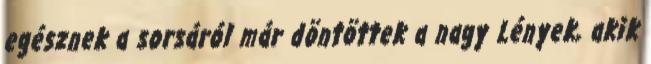
egésznek a sorsáról már döntöttek a nagy Lények, akik